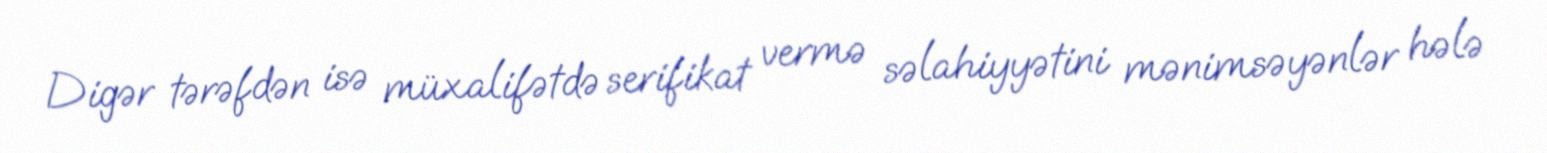
Digər tərəfdən isə müxalifətdə serifikat vermə səlahiyyətini mənimsəyənlər hələ